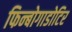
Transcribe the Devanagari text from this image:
फिन्बोगाडोटिर